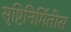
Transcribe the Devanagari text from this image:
सृष्टिनिर्मितीस